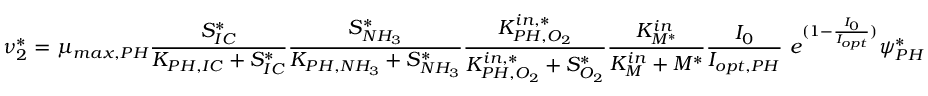
\nu _ { 2 } ^ { * } = \mu _ { m a x , P H } \frac { S _ { I C } ^ { * } } { K _ { P H , I C } + S _ { I C } ^ { * } } \frac { S _ { N H _ { 3 } } ^ { * } } { K _ { P H , N H _ { 3 } } + S _ { N H _ { 3 } } ^ { * } } \frac { K _ { P H , O _ { 2 } } ^ { i n , * } } { K _ { P H , O _ { 2 } } ^ { i n , * } + S _ { O _ { 2 } } ^ { * } } \frac { K _ { M ^ { * } } ^ { i n } } { K _ { M } ^ { i n } + M ^ { * } } \frac { I _ { 0 } } { I _ { o p t , P H } } \ e ^ { ( 1 - \frac { I _ { 0 } } { I _ { o p t } } ) } \psi _ { P H } ^ { * }